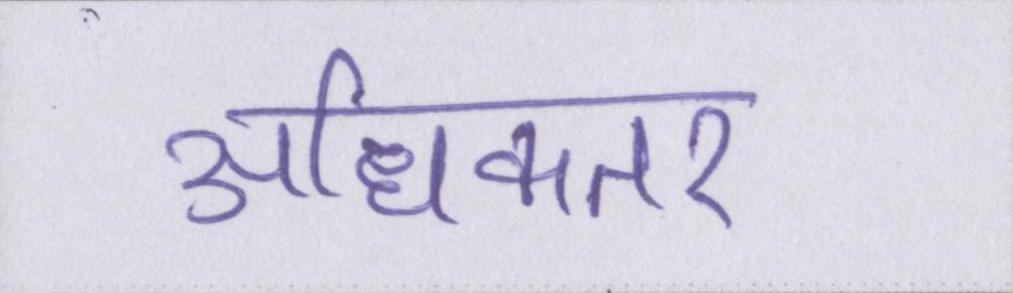
अधिकतर